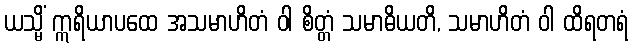
ယသ္မိံ ဣရိယာပထေ အသမာဟိတံ ဝါ စိတ္တံ သမာဓိယတိ, သမာဟိတံ ဝါ ထိရတရံ